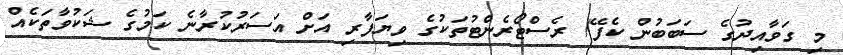
މި ގަވާއިދުގެ ސަބަބުން ކެފޭ/ ރެސްޓޯރެންޓުތަކުގެ ވިޔަފާރި އަށް އަސަރުކުރާނެ ކަމުގެ ޝަކުވާތަކެއް